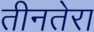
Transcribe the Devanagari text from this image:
तीनतेरा